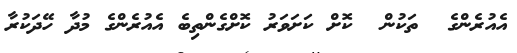
އެއުރެންގެ  ތަކުން  ކޮށް ކަށަވަރު ކޮށްގެންތިބެ އެއުރެންގެ މުދާ ހޭދަކުރާ